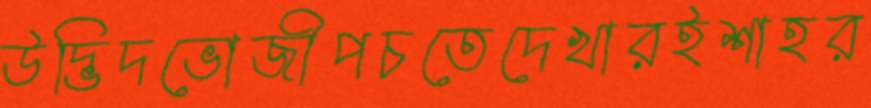
উদ্ভিদভোজীপচতেদেখারইশাহর